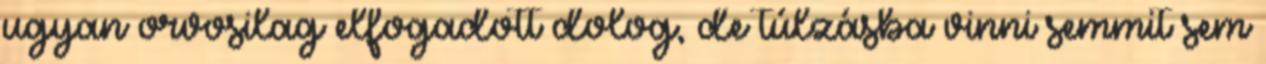
ugyan orvosilag elfogadott dolog, de túlzásba vinni semmit sem